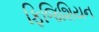
ફિજિશિયન